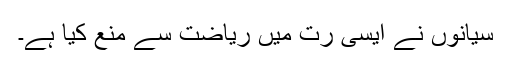
سیانوں نے ایسی رت میں ریاضت سے منع کیا ہے۔